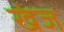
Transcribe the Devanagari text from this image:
खंज